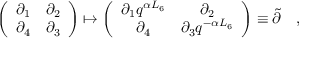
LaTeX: \left( \begin{array} { c c } { { \partial _ { 1 } } } & { { \partial _ { 2 } } } \\ { { \partial _ { 4 } } } & { { \partial _ { 3 } } } \end{array} \right) \mapsto \left( \begin{array} { c c } { { \partial _ { 1 } q ^ { \alpha L _ { 6 } } } } & { { \partial _ { 2 } } } \\ { { \partial _ { 4 } } } & { { \partial _ { 3 } q ^ { - \alpha L _ { 6 } } } } \end{array} \right) \equiv \tilde { \partial } \quad ,